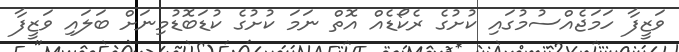
ވަޒީފާ ހަމަޖެއްސުމުގައި ކުށުގެ ރެކޯޑެއް އޮތް ނަމަ ކުށުގެ ކުޑަބޮޑުމިނަށް ބަލައި ވަޒީފާ